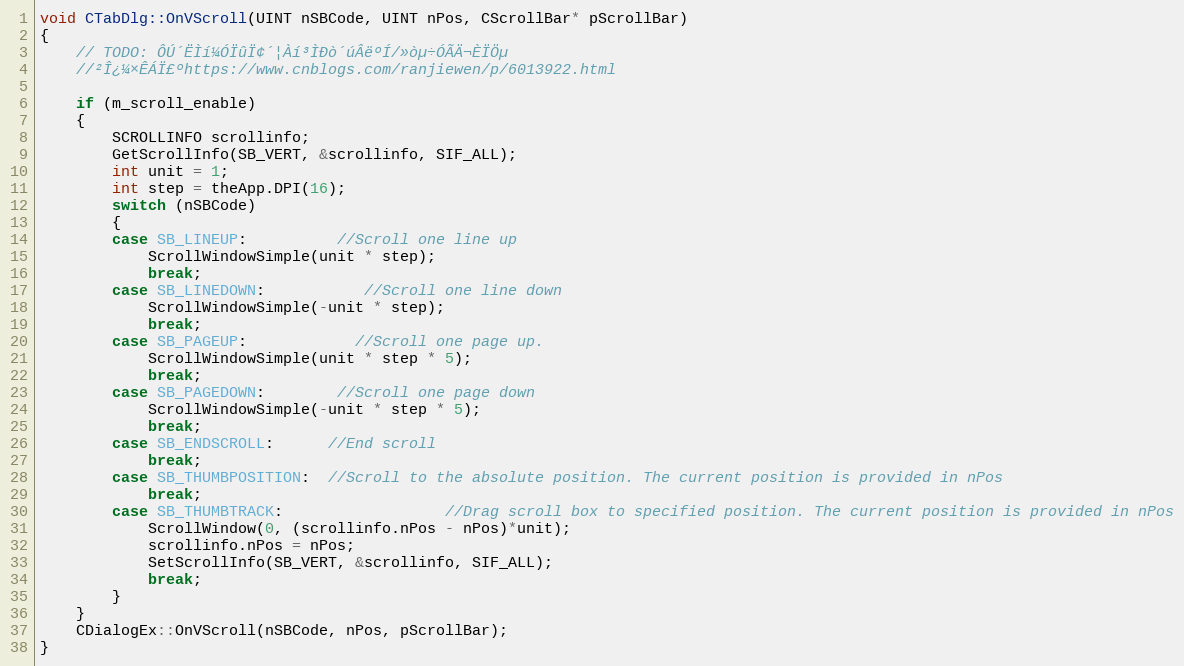
Language: C++
void CTabDlg::OnVScroll(UINT nSBCode, UINT nPos, CScrollBar* pScrollBar)
{
	// TODO: ÔÚ´ËÌí¼ÓÏûÏ¢´¦Àí³ÌÐò´úÂëºÍ/»òµ÷ÓÃÄ¬ÈÏÖµ
	//²Î¿¼×ÊÁÏ£ºhttps://www.cnblogs.com/ranjiewen/p/6013922.html

	if (m_scroll_enable)
	{
		SCROLLINFO scrollinfo;
		GetScrollInfo(SB_VERT, &scrollinfo, SIF_ALL);
		int unit = 1;
		int step = theApp.DPI(16);
		switch (nSBCode)
		{
		case SB_LINEUP:          //Scroll one line up
			ScrollWindowSimple(unit * step);
			break;
		case SB_LINEDOWN:           //Scroll one line down
			ScrollWindowSimple(-unit * step);
			break;
		case SB_PAGEUP:            //Scroll one page up.
			ScrollWindowSimple(unit * step * 5);
			break;
		case SB_PAGEDOWN:        //Scroll one page down
			ScrollWindowSimple(-unit * step * 5);
			break;
		case SB_ENDSCROLL:      //End scroll
			break;
		case SB_THUMBPOSITION:  //Scroll to the absolute position. The current position is provided in nPos
			break;
		case SB_THUMBTRACK:                  //Drag scroll box to specified position. The current position is provided in nPos
			ScrollWindow(0, (scrollinfo.nPos - nPos)*unit);
			scrollinfo.nPos = nPos;
			SetScrollInfo(SB_VERT, &scrollinfo, SIF_ALL);
			break;
		}
	}
	CDialogEx::OnVScroll(nSBCode, nPos, pScrollBar);
}